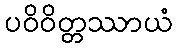
ပဝိဝိတ္တဿာယံ